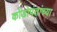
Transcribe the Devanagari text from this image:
कोंडोपंतांच्या